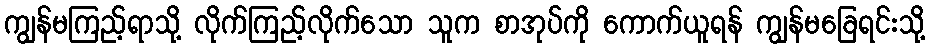
ကျွန်မကြည့်ရာသို့ လိုက်ကြည့်လိုက်သော သူက စာအုပ်ကို ကောက်ယူရန် ကျွန်မခြေရင်းသို့